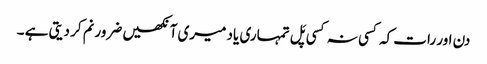
دن اور رات کہ کسی نہ کسی پَل تمہاری یاد میری آنکھیں ضرور نم کر دیتی ہے ۔